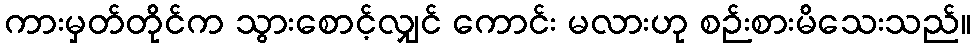
ကားမှတ်တိုင်က သွားစောင့်လျှင် ကောင်း မလားဟု စဉ်းစားမိသေးသည်။